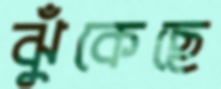
ঝুঁকেছে